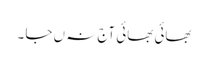
بھائی بھائی آج نہ ں جا ۔